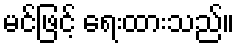
မင်ဖြင့် ရေးထားသည်။